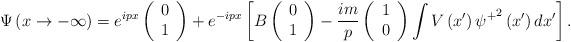
LaTeX: \begin{align*}\Psi \left( x\rightarrow -\infty \right) =e^{ipx}\left(\begin{array}{c}0 \\1\end{array}\right) +e^{-ipx}\left[ B\left(\begin{array}{c}0 \\1\end{array}\right) -\frac{im}p\left(\begin{array}{c}1 \\0\end{array}\right) \int V\left( x^{\prime }\right) {\psi ^{+}}^2\left( x^{\prime}\right) dx^{\prime }\right] .\end{align*}